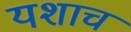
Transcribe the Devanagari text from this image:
यशाच